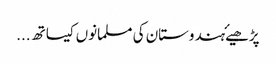
پڑھیۓہندوستان کی مسلمانوں کیساتھ ...